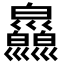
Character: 𢀎